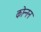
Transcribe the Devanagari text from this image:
कोन्नन